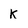
Character: K